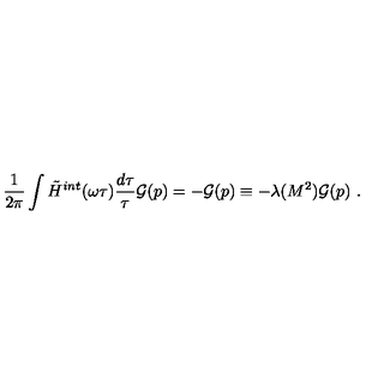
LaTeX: \frac { 1 } { 2 \pi } \int \tilde { H } ^ { i n t } ( \omega \tau ) \frac { d \tau } { \tau } { \cal G } ( p ) = - { \cal G } ( p ) \equiv - \lambda ( M ^ { 2 } ) { \cal G } ( p ) \ .